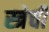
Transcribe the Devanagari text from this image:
स्त्रेची